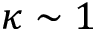
\kappa \sim 1